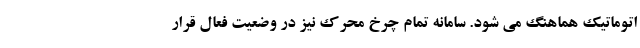
اتوماتیک هماهنگ می شود. سامانه تمام چرخ محرک نیز در وضعیت فعال قرار